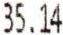
35.14